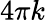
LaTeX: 4\pi k